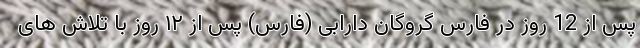
پس از 12 روز در فارس گروگان دارابی (فارس) پس از ۱۲ روز با تلاش های